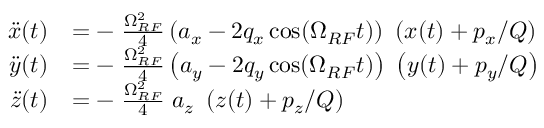
\begin{array} { r l } { \ddot { x } ( t ) } & { = - \; \frac { \Omega _ { R F } ^ { 2 } } { 4 } \left( a _ { x } - 2 q _ { x } \cos ( \Omega _ { R F } t ) \right) \ \left( x ( t ) + p _ { x } / Q \right) } \\ { \ddot { y } ( t ) } & { = - \; \frac { \Omega _ { R F } ^ { 2 } } { 4 } \left( a _ { y } - 2 q _ { y } \cos ( \Omega _ { R F } t ) \right) \ \left( y ( t ) + p _ { y } / Q \right) } \\ { \ddot { z } ( t ) } & { = - \; \frac { \Omega _ { R F } ^ { 2 } } { 4 } \; a _ { z } \ \left( z ( t ) + p _ { z } / Q \right) } \end{array}